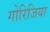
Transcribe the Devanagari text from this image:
गोरिजिया